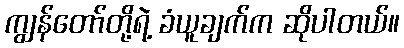
ကျွန်တော်တို့ရဲ့ ခံယူချက်က ဆိုပါတယ်။